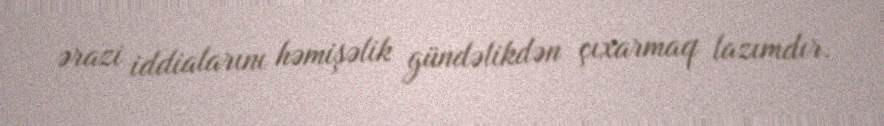
ərazi iddialarını həmişəlik gündəlikdən çıxarmaq lazımdır.